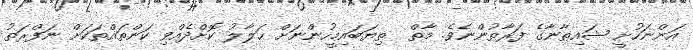
އަންނަހުށީ ޝައިޠާނާގެ ފަރާތުންނެވެ. މާތް  ތިޔަބައިމީހުންނަށް ޙަލާލު ކޮށްދެއްވި ކަންތައްތަކަށް ނަފްރަތު